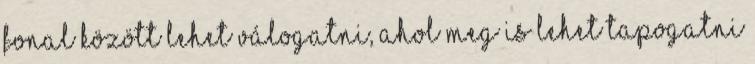
fonal között lehet válogatni, ahol meg is lehet tapogatni